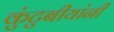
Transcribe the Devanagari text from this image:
कुंटुबीयांनी